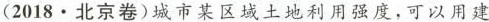
(2018·北京卷)城市某区域土地利用强度，可以用建